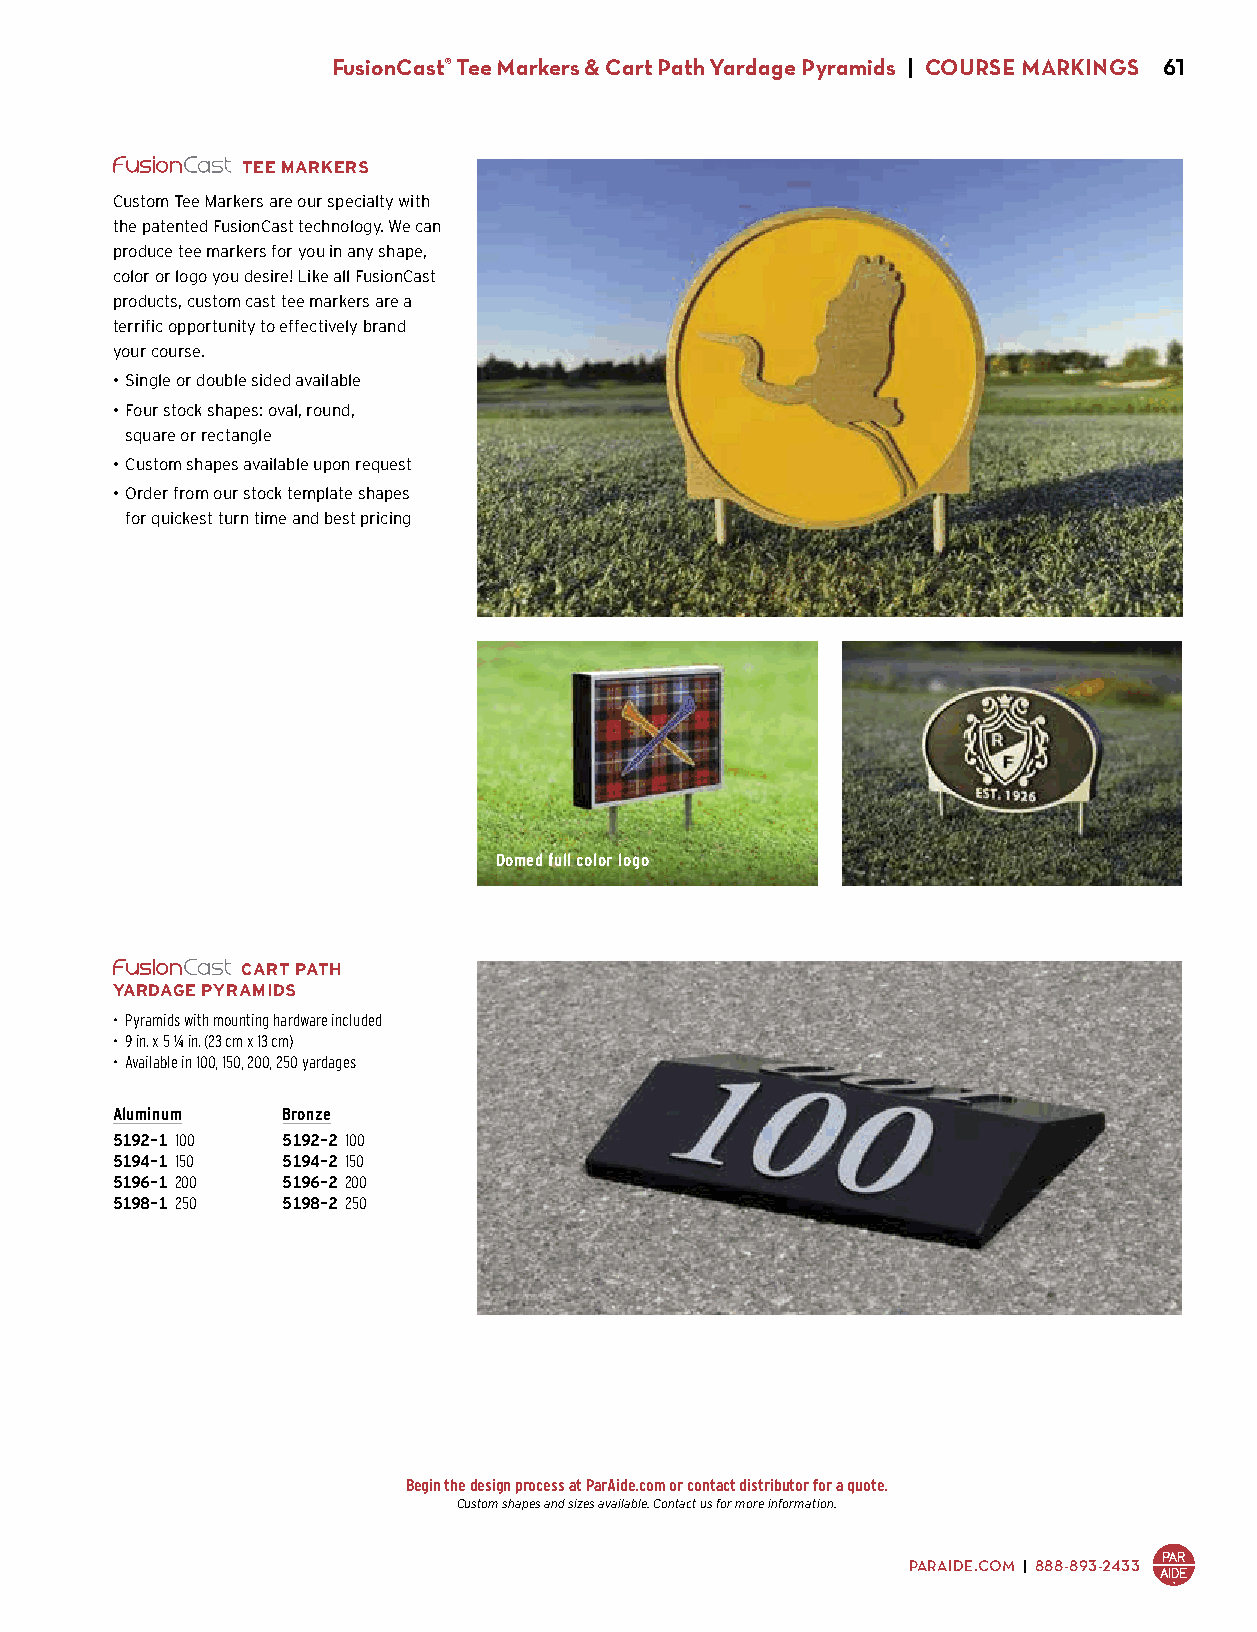
FusionCast® Tee Markers & Cart Path Yardage Pyramids | COURSE MARKINGS 61
 TEE MARKERS
 Custom Tee Markers are our specialty with
 the patented FusionCast technology. We can
 produce tee markers for you in any shape,
 color or logo you desire! Like all FusionCast
 products, custom cast tee markers are a
 terrific opportunity to effectively brand
 your course.
 • Single or double sided available
 • Four stock shapes: oval, round,
 square or rectangle
 • Custom shapes available upon request
 • Order from our stock template shapes
 for quickest turn time and best pricing
 Domed full color logo
 CART PATH
 YARDAGE PYRAMIDS
 • Pyramids with mounting hardware included
 • 9 in. x 5 1/4 in. (23 cm x 13 cm)
 • Available in 100, 150, 200, 250 yardages
 Aluminum    Bronze
 5192-1 100  5192-2 100
 5194-1 150  5194-2 150
 5196-1 200  5196-2 200
 5198-1 250  5198-2 250
 $43.00      $58.00
 Begin the design process at ParAide.com or contact distributor for a quote.
 Custom shapes and sizes available. Contact us for more information.
 PARAIDE.COM | 888-893-2433